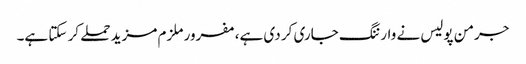
جرمن پولیس نے وارننگ جاری کر دی ہے، مفرور ملزم مزید حملے کر سکتا ہے۔